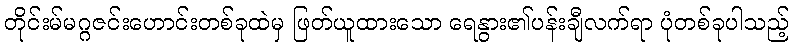
တိုင်းမ်မဂ္ဂဇင်းဟောင်းတစ်ခုထဲမှ ဖြတ်ယူထားသော ရေနွား၏ပန်းချီလက်ရာ ပုံတစ်ခုပါသည့်